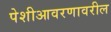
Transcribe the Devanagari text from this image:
पेशीआवरणावरील